system: You are a helpful assistant.
user:
Analyze the provided spectrum to determine if it is a **"Cataclysmic Variables (CV)"**.

- **Key Indicators for CV (Check for either state):**
    - **State 1: Quiescent / Low-State (Emission-Dominated)**
        - **(Primary):** Strong and *very broad* Hydrogen Balmer emission lines (e.g., $H\alpha$ at 6563 Å, $H\beta$ at 4861 Å). The 'broadness' (high velocity dispersion, often FWHM > 1000 km/s) is the key diagnostic, indicating a high-velocity accretion disk.
        - **(Secondary):** Broad neutral Helium (He I) emission lines (e.g., 5876 Å, 6678 Å).
        - **(Key Confirmation):** Presence of high-excitation *ionized* Helium (He II) emission at 4686 Å. This is a strong indicator of accretion onto a white dwarf.
        - **(Line Profile):** Emission lines may exhibit a 'double-peaked' profile, which is a classic signature of a rotating accretion disk viewed at high inclination.

    - **State 2: Outburst / High-State (Absorption-Dominated)**
        - **(Primary):** Spectrum is dominated by a bright, blue continuum (looks like a hot star).
        - **(Secondary):** The emission lines from State 1 are weak, absent, or 'filled in', and are replaced by broad, shallow *absorption* lines (primarily Balmer and He I).
        - **(Morphology):** The overall spectrum mimics a hot B/A-type star. The crucial difference is that the absorption lines are significantly broader, shallower, and more 'washed-out' (or 'smeared') than the sharp lines of a normal stellar photosphere, due to high rotational speeds and pressure broadening in the disk.

Think first, call **spectral_visualization_tool** if needed to examine features in detail, then provide your final answer. Your response must adhere to the following strict rules:
1.  **Overall Structure:** Your response must follow the format `<think>...</think> <tool_call>...</tool_call> (if a tool is used) <answer>...</answer>`.
2.  **Tool Usage Constraint:** You may only make **one** tool call per turn.
3.  **Final Answer Format:** In the `<answer>` tag, your conclusion must be inside a `\boxed{}` command (e.g., `\boxed{YES}`), followed by your justification.

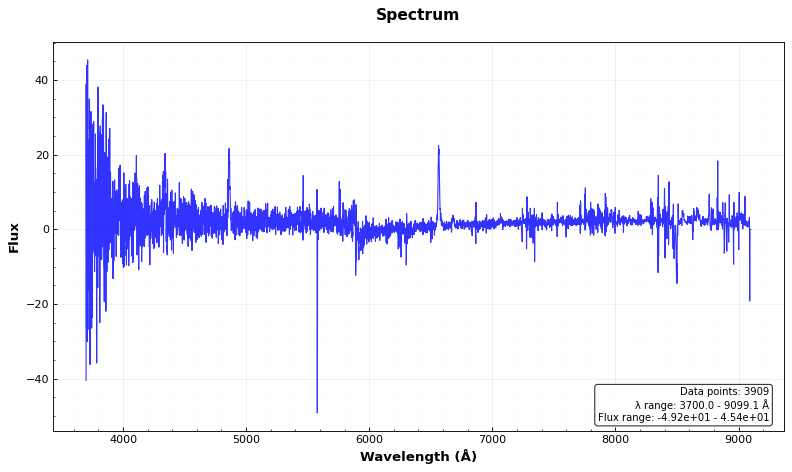
Answer: YES